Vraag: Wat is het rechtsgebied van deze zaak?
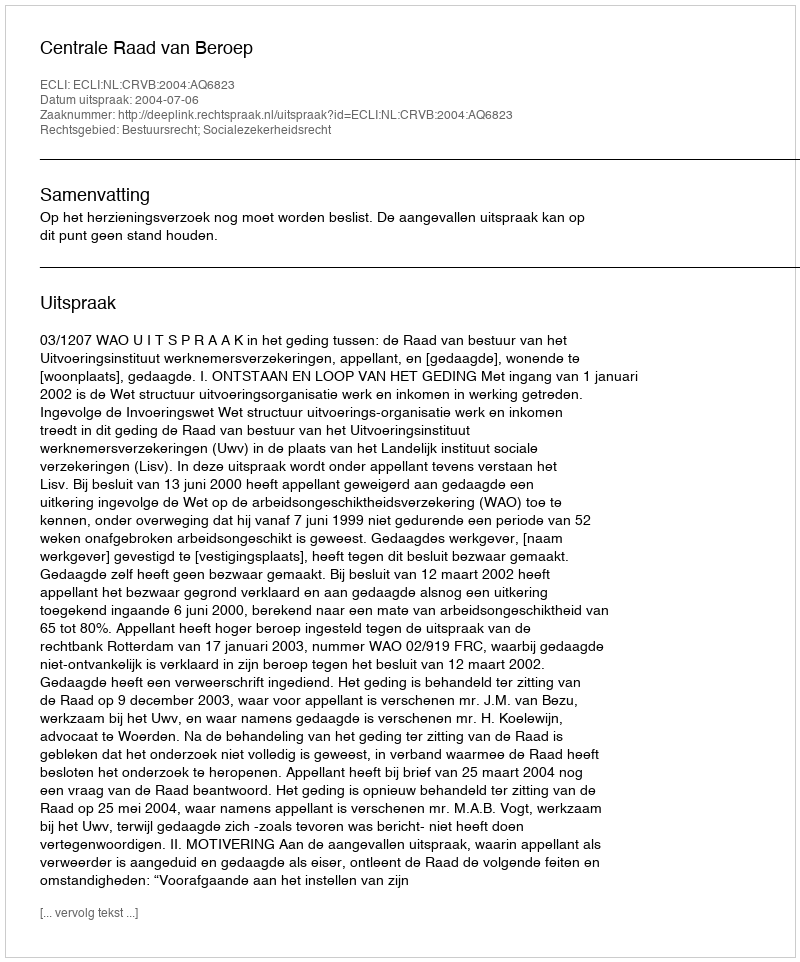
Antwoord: Bestuursrecht; Socialezekerheidsrecht